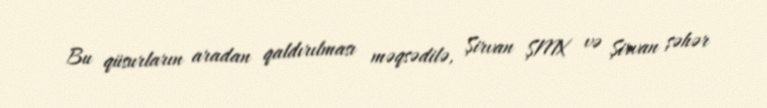
Bu qüsurların aradan qaldırılması məqsədilə, Şirvan ŞMX və Şirvan şəhər